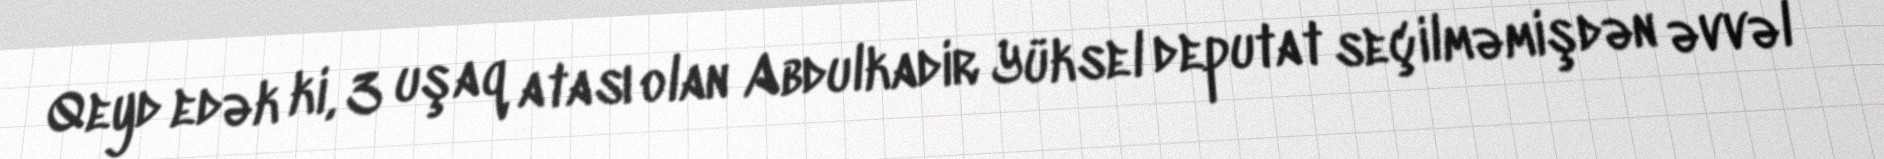
Qeyd edək ki, 3 uşaq atası olan Abdulkadir Yüksel deputat seçilməmişdən əvvəl